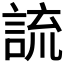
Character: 𧨆